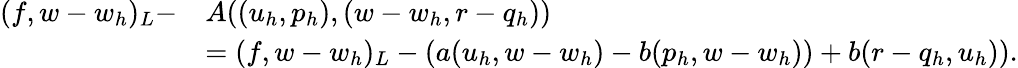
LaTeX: \begin{array}{rl}{({f},{w}-{w}_{h})_{L}-}&{A(({u}_{h},p_{h}),({w}-{w}_{h},r-q_{h}))}\\ &{=({f},{w}-{w}_{h})_{L}-(a({u}_{h},{w}-{w}_{h})-b(p_{h},{w}-{w}_{h}))+b(r-q_{h},{u}_{h})).}\end{array}